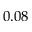
0 . 0 8